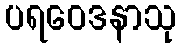
ပရဝေဒနာသု